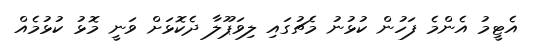
އެޓީމު އެންމެ ފަހުން ކުޅުނު މެޗުގައި ލިވަޕޫލާ ދެކޮޅަށް ވަނީ މޮޅު ކުޅުމެއް